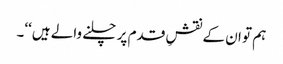
ہم تو ان کے نقشِ قدم پر چلنے والے ہیں‘‘۔